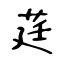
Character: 莛